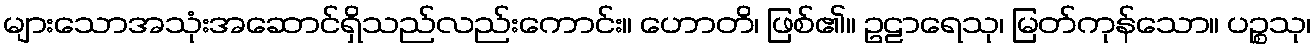
များသောအသုံးအဆောင်ရှိသည်လည်းကောင်း။ ဟောတိ၊ ဖြစ်၏။ ဥဠာရေသု၊ မြတ်ကုန်သော။ ပဉ္စသု၊